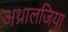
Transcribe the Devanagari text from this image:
अथ्रालजिया